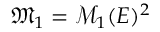
\mathfrak { M } _ { 1 } = \mathcal { M } _ { 1 } ( E ) ^ { 2 }